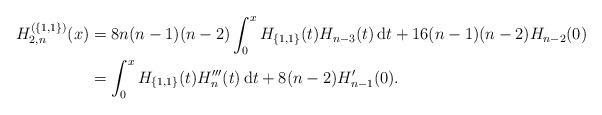
LaTeX: \begin{align*}H_{2,n}^{(\{1,1\})}(x)&=8n(n-1)(n-2)\int_0^xH_{\{1,1\}}(t)H_{n-3}(t)\,{\rm d}t+16(n-1)(n-2)H_{n-2}(0)\\&=\int_0^xH_{\{1,1\}}(t)H'''_{n}(t)\,{\rm d}t+8(n-2)H_{n-1}'(0).\end{align*}